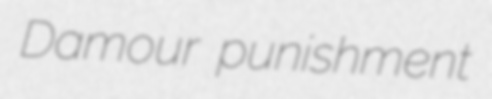
Damour punishment